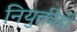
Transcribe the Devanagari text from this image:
नियुक्तीही